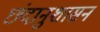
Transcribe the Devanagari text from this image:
छंदानुशासन